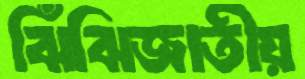
ঝিঁঝিজাতীয়